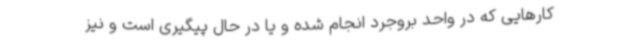
کارهایی که در واحد بروجرد انجام شده و یا در حال پیگیری است و نیز